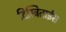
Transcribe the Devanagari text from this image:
दिस्त्रिताईस